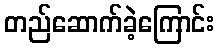
တည်ဆောက်ခဲ့ကြောင်း